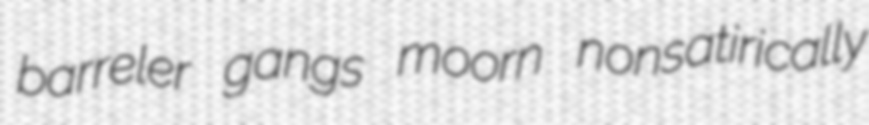
barreler gangs moorn nonsatirically